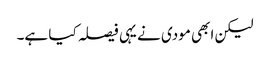
لیکن ابھی مودی نے یہی فیصلہ کیا ہے۔